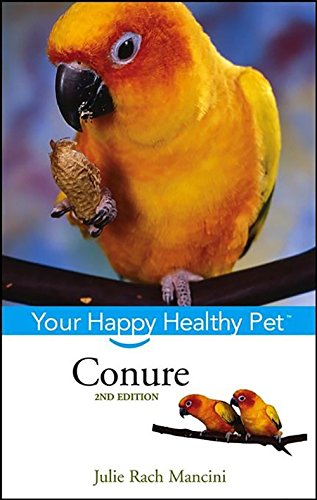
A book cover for Conure: Your Happy Healthy Pet; Julie Rach Mancini; Crafts, Hobbies & Home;